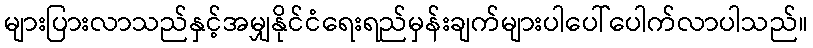
များပြားလာသည်နှင့်အမျှနိုင်ငံရေးရည်မှန်းချက်များပါပေါ်ပေါက်လာပါသည်။